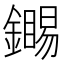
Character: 𬬏